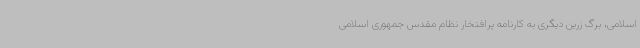
اسلامی، برگ زرین دیگری به کارنامه پرافتخار نظام مقدس جمهوری اسلامی